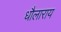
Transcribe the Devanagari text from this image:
धौलाराय